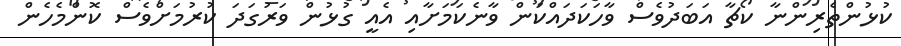
ކުޅުންތެރިންނާ ކޯޗާ އަބަދުވެސް ވާހަކަދައްކަން ވާނެކަމަށާއި އެއީ ގުޅުން ވަރުގަދަ ކުރުމަށްވެސް ކޮންމެހެން